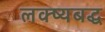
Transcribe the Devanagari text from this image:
लक्ष्यबद्ध